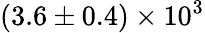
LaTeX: (3.6\pm 0.4)\times 10^{3}